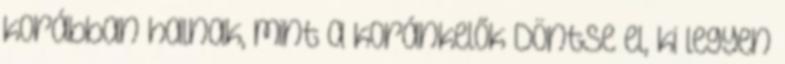
korábban halnak, mint a koránkelők Döntse el, ki legyen